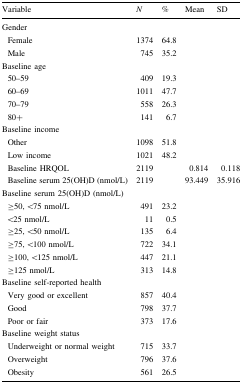
| Variable | N | % | Mean | SD |
 | --- | --- | --- | --- | --- |
 | <COLSPAN=5> Gender |
 | Female | 1374 | 64.8 |  |  |
 | Male | 745 | 35.2 |  |  |
 | <COLSPAN=5> Baseline age |
 | 50–59 | 409 | 19.3 |  |  |
 | 60–69 | 1011 | 47.7 |  |  |
 | 70–79 | 558 | 26.3 |  |  |
 | 80+ | 141 | 6.7 |  |  |
 | <COLSPAN=5> Baseline income |
 | Other | 1098 | 51.8 |  |  |
 | Low income | 1021 | 48.2 |  |  |
 | Baseline HRQOL | 2119 |  | 0.814 | 0.118 |
 | Baseline serum 25(OH)D (nmol/L) | 2119 |  | 93.449 | 35.916 |
 | <COLSPAN=5> Baseline serum 25(OH)D (nmol/L) |
 | ≥50, <75 nmol/L | 491 | 23.2 |  |  |
 | <25 nmol/L | 11 | 0.5 |  |  |
 | ≥25, <50 nmol/L | 135 | 6.4 |  |  |
 | ≥75, <100 nmol/L | 722 | 34.1 |  |  |
 | ≥100, <125 nmol/L | 447 | 21.1 |  |  |
 | ≥125 nmol/L | 313 | 14.8 |  |  |
 | <COLSPAN=5> Baseline self-reported health |
 | Very good or excellent | 857 | 40.4 |  |  |
 | Good | 798 | 37.7 |  |  |
 | Poor or fair | 373 | 17.6 |  |  |
 | <COLSPAN=5> Baseline weight status |
 | Underweight or normal weight | 715 | 33.7 |  |  |
 | Overweight | 796 | 37.6 |  |  |
 | Obesity | 561 | 26.5 |  |  |